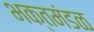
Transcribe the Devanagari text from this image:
भक्तमंडळ